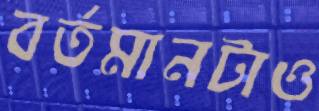
বর্তমানটাও